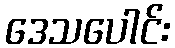
ဒေသပေါင်း